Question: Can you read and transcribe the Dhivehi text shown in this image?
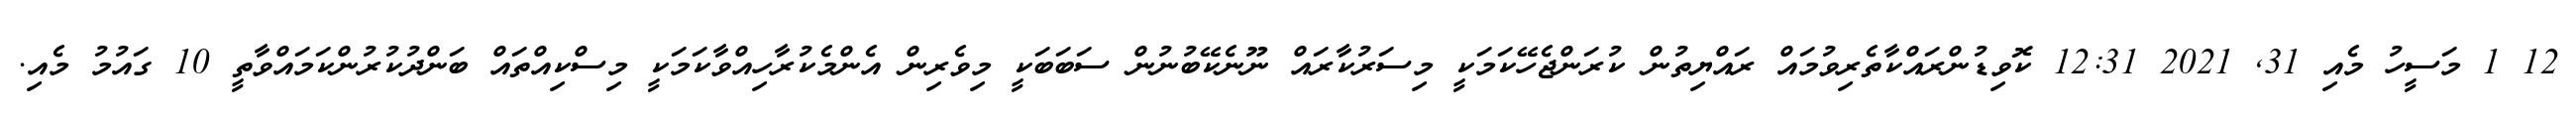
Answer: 12 1 މަސީހު މެއި 31, 2021 12:31 ކޮވިޑުންރައްކާތެރިވުމައް ރައްޔިތުން ކުރަންޖެހޭކަމަކީ މިސަރުކާރައް ނޫނެކޭބުނުން ސަބަބަކީ މިވެރިން އެންމެކުރާހިއްވާކަމަކީ މިސްކިއްތައް ބަންދުކުރުންކަމައްވާތީ 10 ގައުމު މެއި.